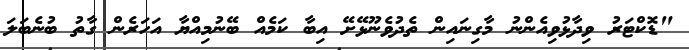
"ޑޮކްޓަރު ވިދާޅުވިއެންނު މާގިނައިން ތެދުވެނޫޅޭށޭ އިބާ ކަމެއް ބޭނުމިއްޔާ އަހަރެން ގާތު ބުނެބަލަ